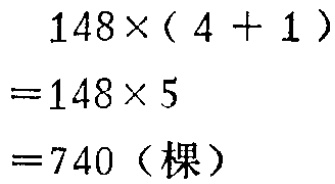
\[

\begin{align*}

&148\times(4 + 1)\\

=&148\times5\\

=&740 (\text{棵})

\end{align*}

\]